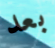
بعد